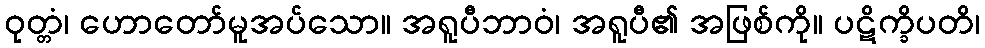
ဝုတ္တံ၊ ဟောတော်မူအပ်သော။ အရူပီဘာဝံ၊ အရူပီ၏ အဖြစ်ကို။ ပဋိက္ခိပတိ၊